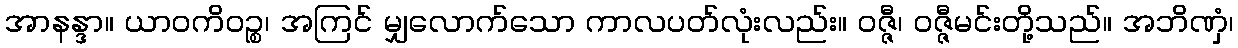
အာနန္ဒာ။ ယာဝကိဝဉ္စ၊ အကြင် မျှလောက်သော ကာလပတ်လုံးလည်း။ ဝဇ္ဇီ၊ ဝဇ္ဇီမင်းတို့သည်။ အဘိဏှံ၊